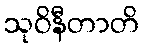
သုဝိနီတာတိ